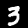
Digit: 3